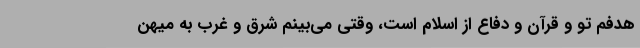
هدفم تو و قرآن و دفاع از اسلام است، وقتی می‌بینم شرق و غرب به میهن